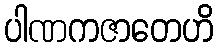
ပါဏကဇာတေဟိ